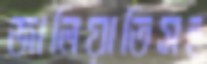
জালিয়াতিসহ